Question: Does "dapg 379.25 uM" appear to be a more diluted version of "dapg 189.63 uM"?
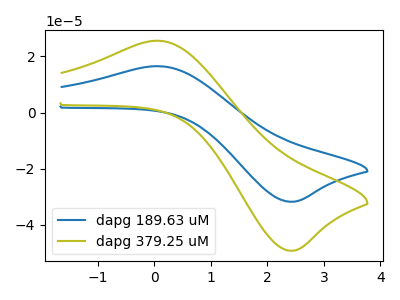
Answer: <think>The blue curve "dapg 189.63 uM" has an anodic peak at (0.05V, 16.50uA) and a cathodic peak at (2.45V, -31.75uA). The olive curve "dapg 379.25 uM" has an anodic peak at (0.05V, 25.60uA) and a cathodic peak at (2.45V, -49.20uA).
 All the peaks in "dapg 379.25 uM" have a peak in "dapg 189.63 uM" at the same potential. Every peak in "dapg 379.25 uM" is higher than every peak in "dapg 189.63 uM".</think>
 <answer>"dapg 379.25 uM" has more signal than "dapg 189.63 uM" and so likely has a higher concentration.</answer>
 <eval>more_concentration</eval>